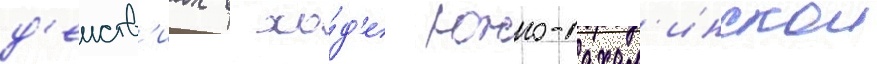
д'еиств'иах в хо́д'е южно-сахал'инскои